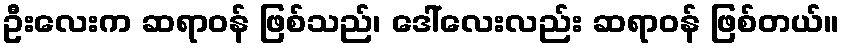
ဦးလေးက ဆရာဝန် ဖြစ်သည်၊ ဒေါ်လေးလည်း ဆရာဝန် ဖြစ်တယ်။